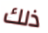
ذلك